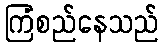
ကြံစည်နေသည်